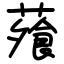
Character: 蕵